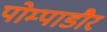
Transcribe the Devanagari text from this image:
पोम्पाडौर